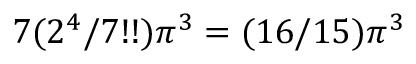
7 ( 2 ^ { 4 } / 7 ! ! ) \pi ^ { 3 } = ( 1 6 / 1 5 ) \pi ^ { 3 }